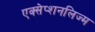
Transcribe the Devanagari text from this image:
एक्सेप्शनलिज्म